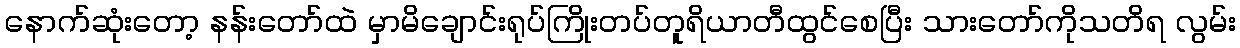
နောက်ဆုံးတော့ နန်းတော်ထဲ မှာမိချောင်းရုပ်ကြိုးတပ်တူရိယာတီထွင်စေပြီး သားတော်ကိုသတိရ လွမ်း